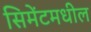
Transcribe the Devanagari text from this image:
सिमेंटमधील